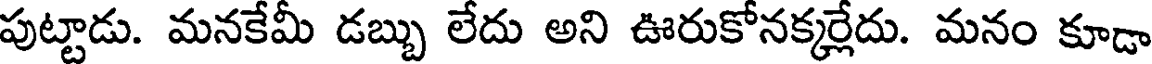
పుట్టాడు. మనకేమీ డబ్బు లేదు అని ఊరుకోనక్కర్లేదు. మనం కూడా